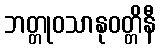
ဘတ္တုဝသာနုဝတ္တိနီ